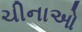
ચીનાઓ